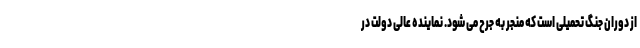
از دوران جنگ تحمیلی است که منجر به جرح می شود. نماینده عالی دولت در